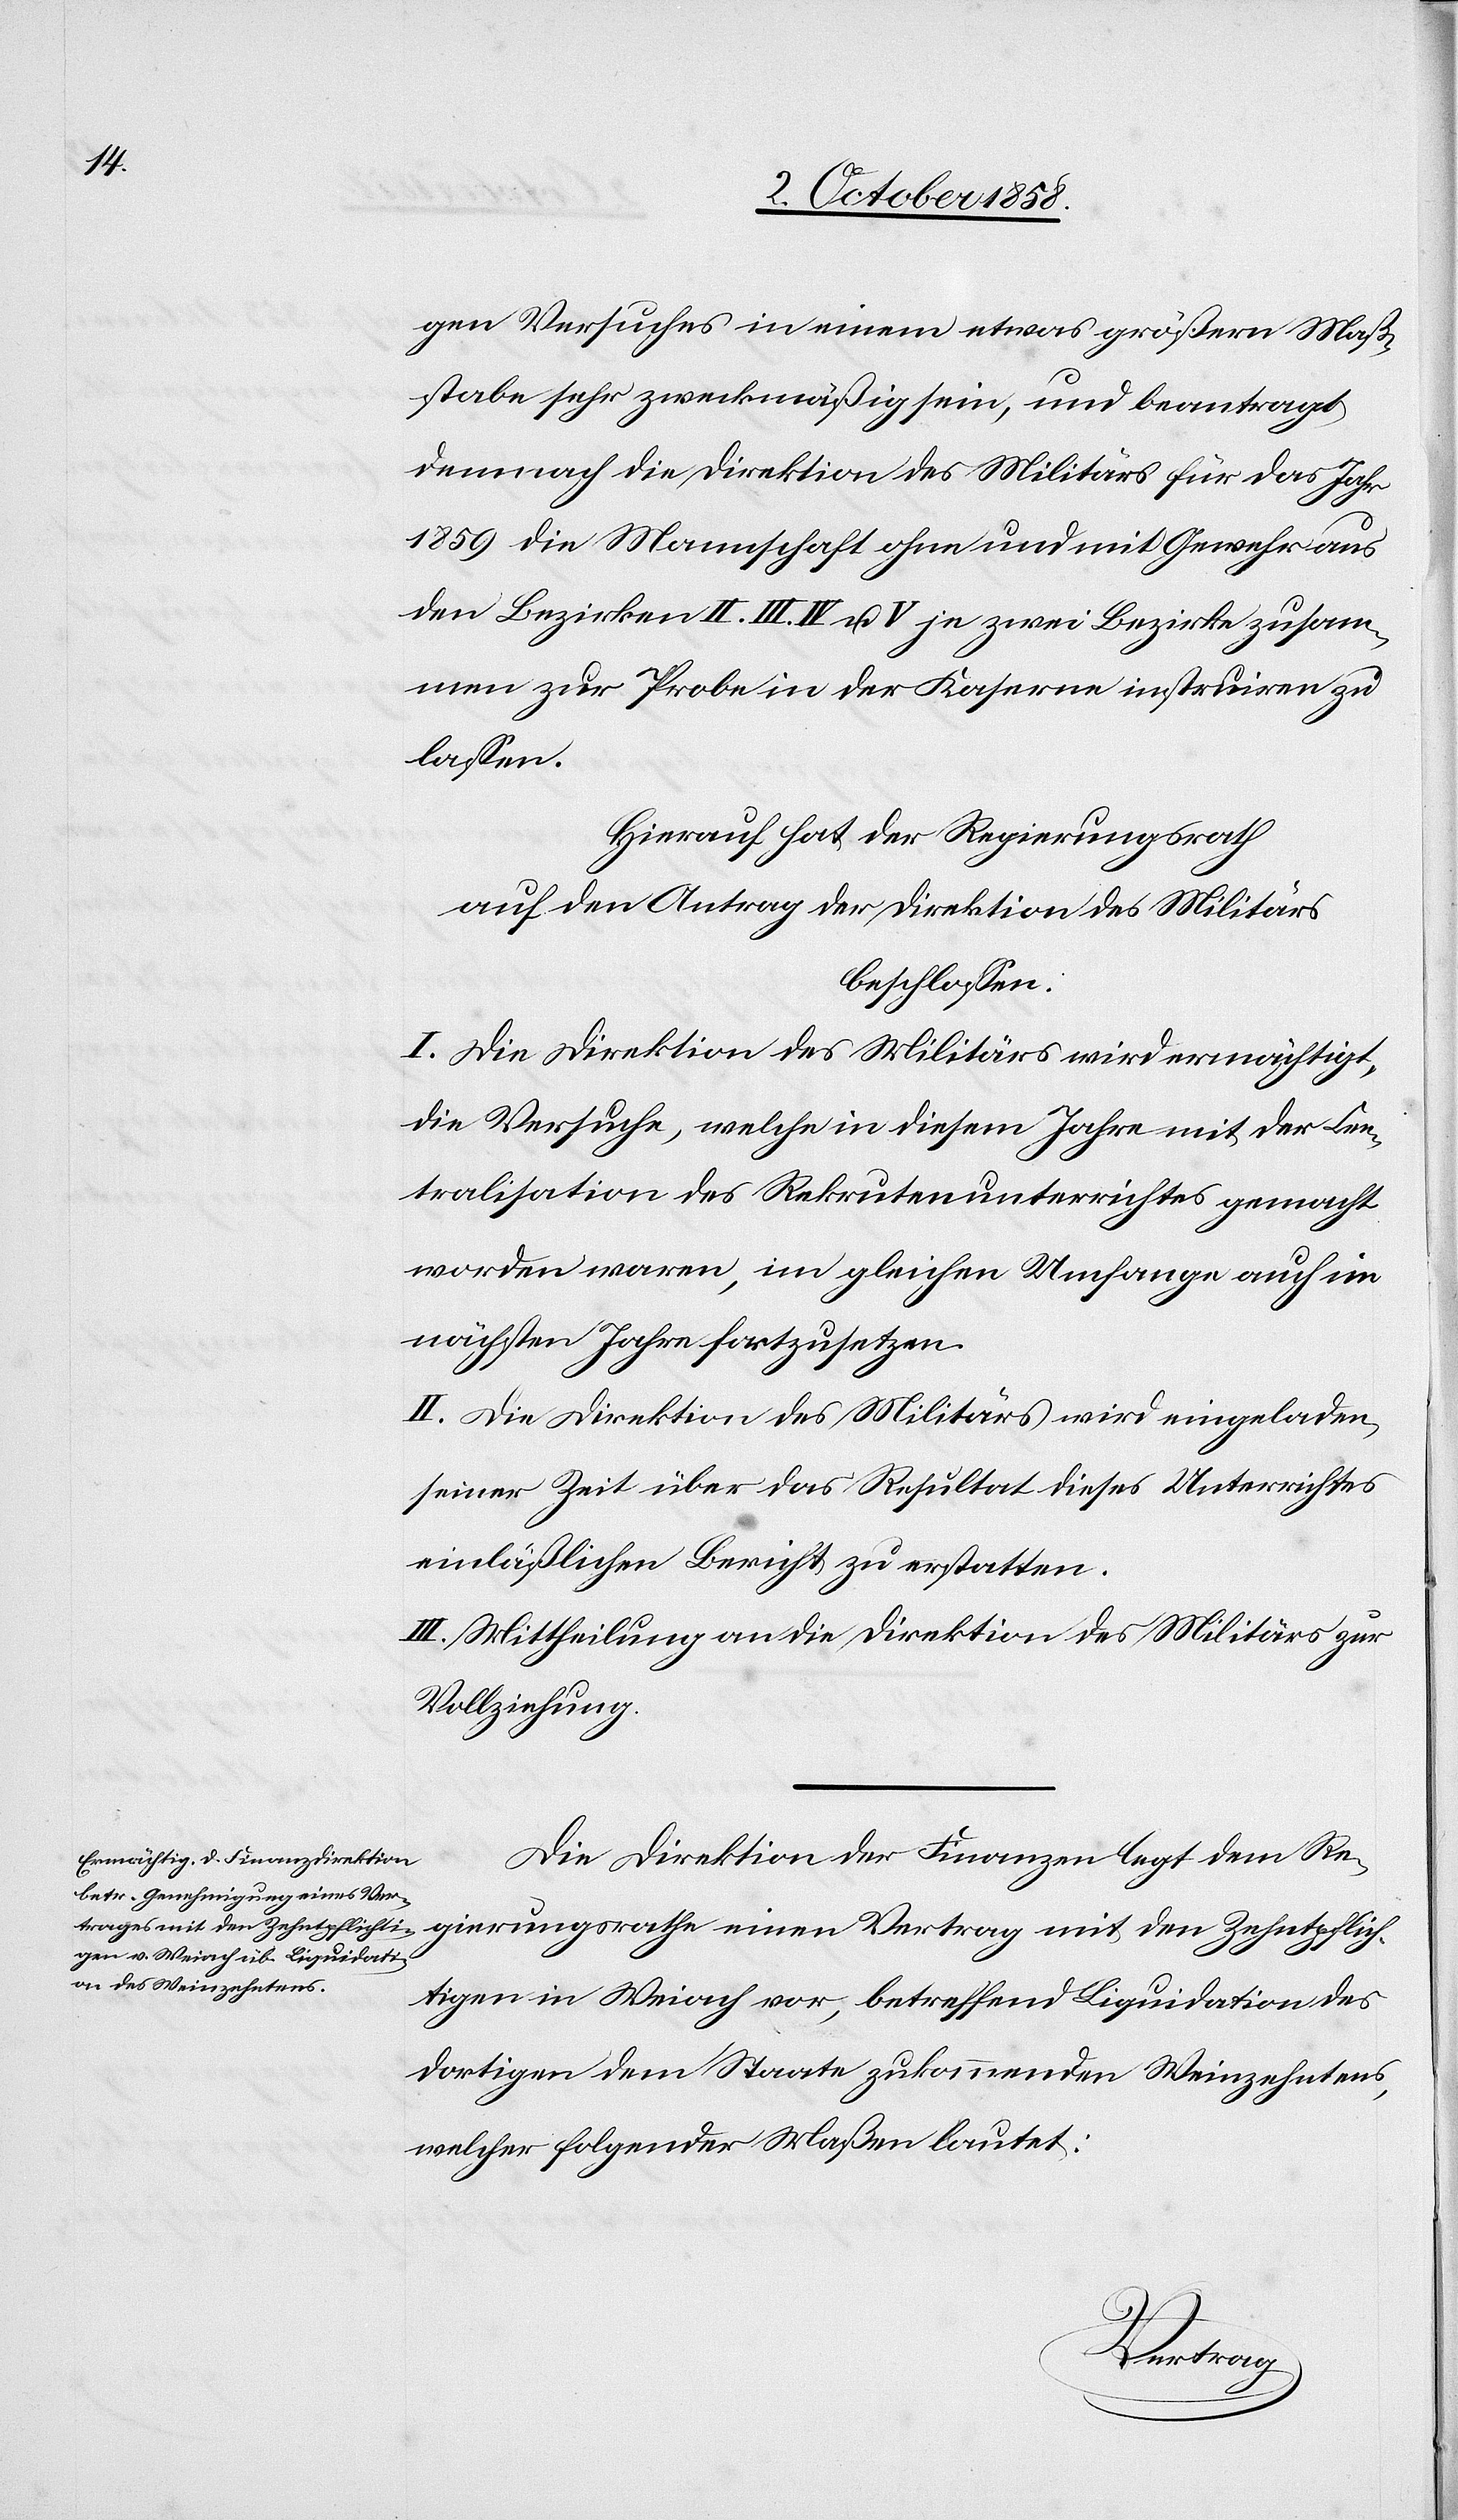
gen Versuches in einem etwas größern Maß¬
stabe sehr zweckmäßig sein, und beantragt
demnach die Direktion des Militärs für das Jahr
1859 die Mannschaft ohne und mit Gewehr aus
den Bezirken II. III. IV u. V je zwei Bezirke zusam¬
men zur Probe in der Kaserne instruiren zu
lassen.
Hierauf hat der Regierungsrath
auf den Antrag der Direktion des Militärs
beschlossen:
I. Die Direktion des Militärs wird ermächtigt,
die Versuche, welche in diesem Jahre mit der Cen¬
tralisation des Rekrutenunterrichtes gemacht
worden waren, im gleichen Umfange auch im
nächsten Jahre fortzusetzen.
II. Die Direktion des Militärs wird eingeladen,
seiner Zeit über das Resultat dieses Unterrichtes
einläßlichen Bericht zu erstatten.
III. Mittheilung an die Direktion des Militärs zur
Vollziehung.
Die Direktion der Finanzen legt dem Re¬
gierungsrathe einen Vertrag mit den Zehntpflich¬
tigen in Weiach vor, betreffend Liquidation des
dortigen dem Staate zukommenden Weinzehntens,
welcher folgender Maßen lautet: